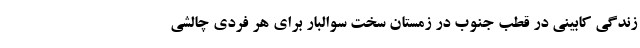
زندگی کابینی در قطب جنوب در زمستان سخت سوالبار برای هر فردی چالشی